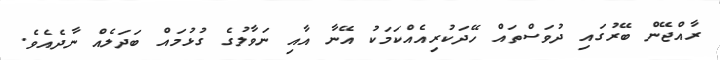
ރާއްޖޭން ބޭރުގައި ދުވަސްތައް ހޭދަކުރިއެއްކަމަކު އޭނާ އާއި ނަވާލުގެ ގުޅުމައް ބަދަލެއް ނާދެއެވެ.